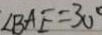
\angle B A E = 3 0 ^ { \circ }